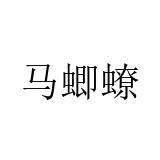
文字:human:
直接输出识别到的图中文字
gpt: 马蝍蟟